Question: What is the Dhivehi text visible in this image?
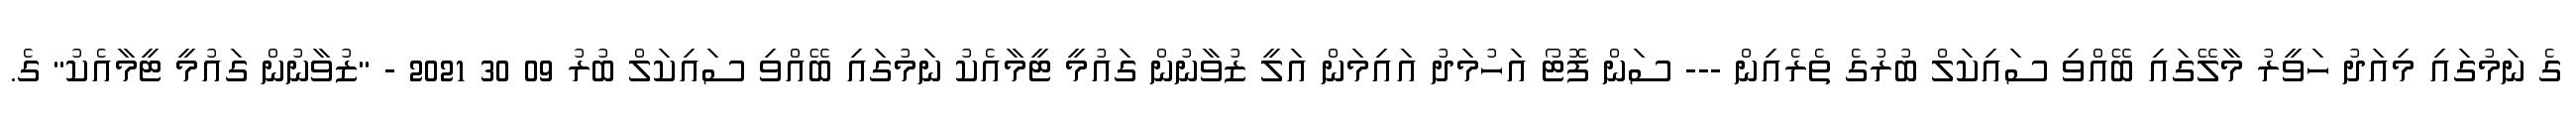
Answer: ގެ ނަމުގައި މިއަދު ހަވީރު މާލޭގައި ބޭއްވި ސައިކަލް ބުރުގެ ތެރެއިން --- ސަން ފޮޓޯ އަހުމަދު އައިމަން އަލީ ޒުވާނުން ގައުމީ ޓީމާއެކު ނަމުގައި ބޭއްވި ސައިކަލް ބުރު 09 30 2021 - "ޒުވާނުން ގައުމީ ޓީމާއެކު" ގެ.